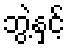
ဘွဲ့နှင့်